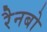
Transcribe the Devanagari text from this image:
रैनबो